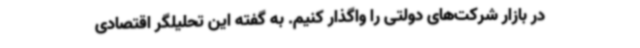
در بازار شرکت‌های دولتی را واگذار کنیم. به گفته این تحلیلگر اقتصادی